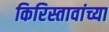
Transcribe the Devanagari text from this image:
किरिस्तावांच्या